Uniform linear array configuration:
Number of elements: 64
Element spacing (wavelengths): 1
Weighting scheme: binomial
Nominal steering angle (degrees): -15
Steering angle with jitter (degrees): -14.939
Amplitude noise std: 0.05
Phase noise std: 0.05

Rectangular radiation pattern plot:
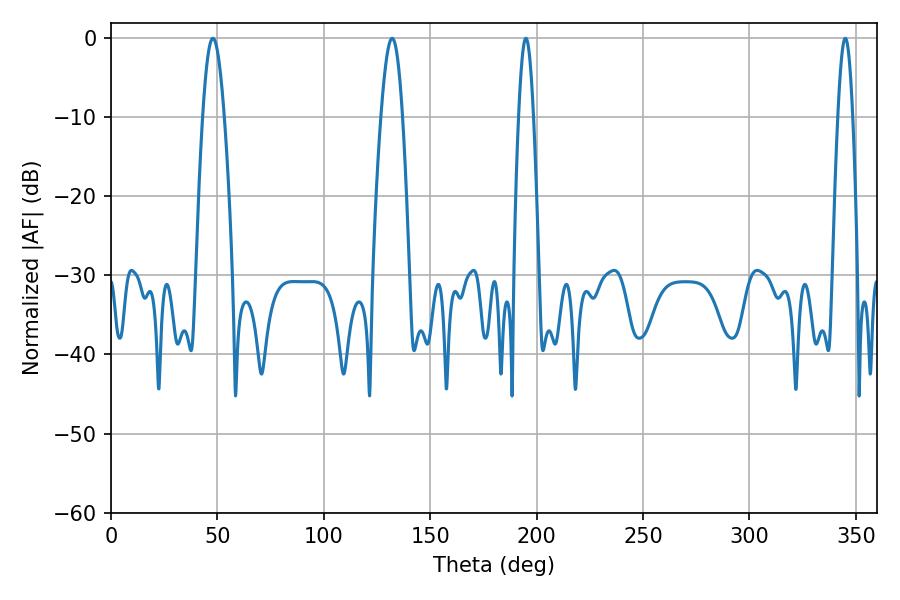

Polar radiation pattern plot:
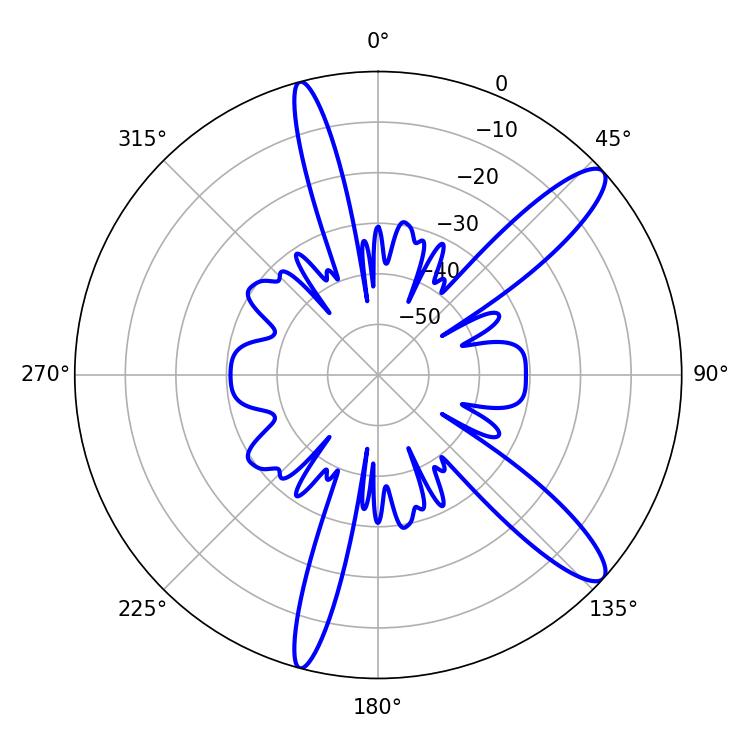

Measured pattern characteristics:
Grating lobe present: TRUE
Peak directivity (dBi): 12.314
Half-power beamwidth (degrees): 5.58
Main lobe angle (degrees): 47.88